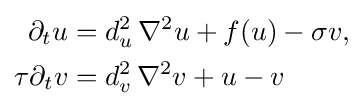
{\begin{aligned}\partial _{t}u&=d_{u}^{2}\,\nabla ^{2}u+f(u)-\sigma v,\\\tau \partial _{t}v&=d_{v}^{2}\,\nabla ^{2}v+u-v\end{aligned}}